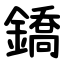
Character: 鐈